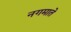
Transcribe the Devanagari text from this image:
नगमाते